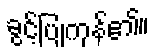
ခွင့်ပြုကုန်၏။